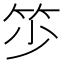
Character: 𥬃